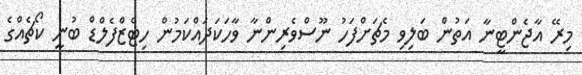
މިރޭ އާޖެންޓީނާ އަތުން ބަލިވި މެޗަށްފަހު ނޫސްވެރިންނާ ވާހަކަދައްކަމުން ހިޓްޒްފެލްޑް ބުނީ ކޯޗެއްގެ